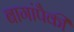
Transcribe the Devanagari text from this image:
बागांपैकी